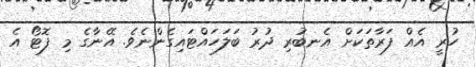
ހުރީ އެއް ފަރާތަކަށް އެނބުރި ދުރު ބަލަހައްޓައިގެންނެވެ. އޭނާގެ މި ފޮޓޯ އެ